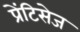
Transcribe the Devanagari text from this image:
प्रेंटिसेज